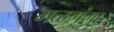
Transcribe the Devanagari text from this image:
मळगंगा